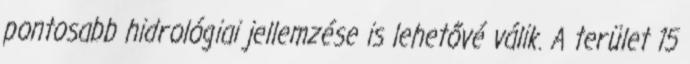
pontosabb hidrológiai jellemzése is lehetővé válik. A terület 15